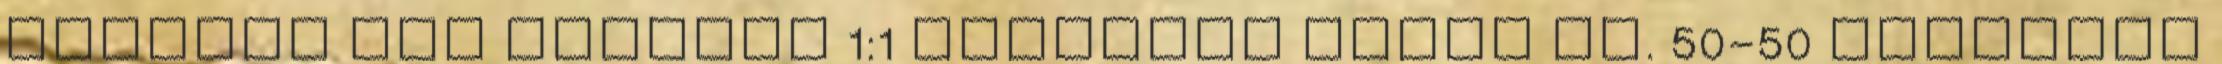
cukorra van szükség 1:1 arányban tehát pl. 50-50 grammnyi